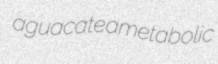
aguacate ametabolic